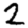
Digit: 2